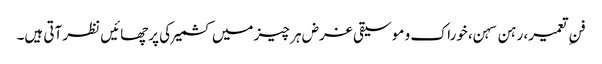
فنِ تعمیر، رہن سہن، خوراک و موسیقی غرض ہر چیز میں کشمیر کی پرچھائیں نظر آتی ہیں۔